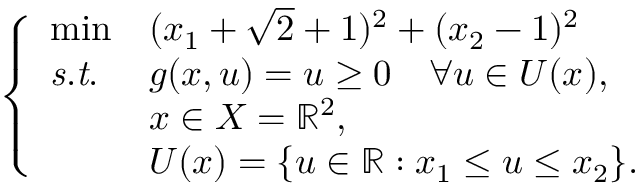
\left\{ \begin{array} { l l l } { \operatorname* { m i n } } & { ( x _ { 1 } + \sqrt { 2 } + 1 ) ^ { 2 } + ( x _ { 2 } - 1 ) ^ { 2 } } \\ { \mathit { s . t . } } & { g ( x , u ) = u \geq 0 \quad \forall u \in U ( x ) , } \\ & { x \in X = \mathbb { R } ^ { 2 } , } \\ & { U ( x ) = \{ u \in \mathbb { R } : x _ { 1 } \leq u \leq x _ { 2 } \} . } \end{array} \right.